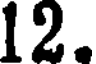
12.